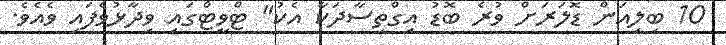
10 ބިލިއަން ޑޮލަރަށް ވުރެ ބޮޑު އިގްތިސާދަކާ އެކު" ޓްވީޓްގައި ވިދާޅުވެފައި ވެއެވެ.